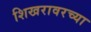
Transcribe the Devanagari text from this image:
शिखरावरच्या